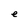
Character: e